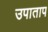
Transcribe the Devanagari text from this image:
उपाताप